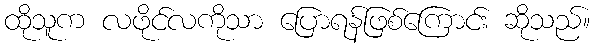
ထိုသူက လဖိုင်လကိုသာ ပြောရန်ဖြစ်ကြောင်း ဆိုသည်။